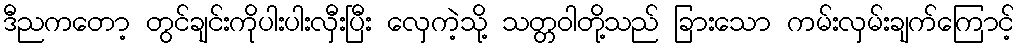
ဒီညကတော့ တွင်ချင်းကိုပါးပါးလှီးပြီး လှေကဲ့သို့ သတ္တဝါတို့သည် ခြားသော ကမ်းလှမ်းချက်ကြောင့်